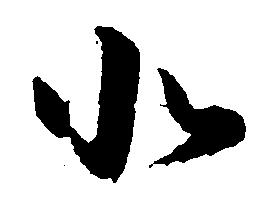
北